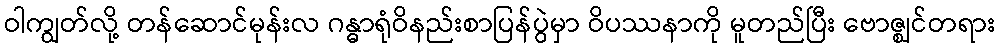
ဝါကျွတ်လို့ တန်ဆောင်မုန်းလ ဂန္ဓာရုံဝိနည်းစာပြန်ပွဲမှာ ဝိပဿနာကို မူတည်ပြီး ဗောဇ္ဈင်တရား